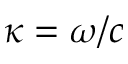
\kappa = \omega / c